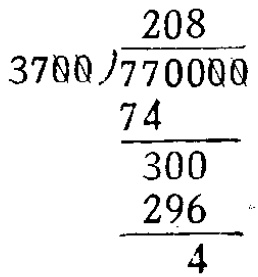
\[
\begin{array}{r}
208 \\
3700 \enclose{longdiv}{770000} \\
\underline{74} \\
300 \\
\underline{296} \\
4
\end{array}
\]